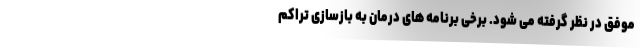
موفق در نظر گرفته می شود. برخی برنامه های درمان به بازسازی تراکم